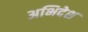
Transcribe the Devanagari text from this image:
अभिदेश